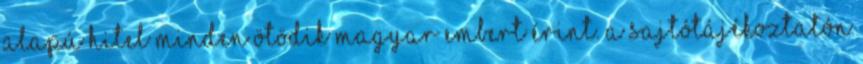
alapú hitel minden ötödik magyar embert érint. A sajtótájékoztatón